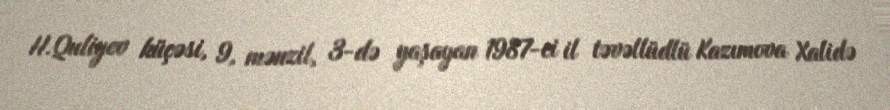
H.Quliyev küçəsi, 9, mənzil, 3-də yaşayan 1987-ci il təvəllüdlü Kazımova Xalidə